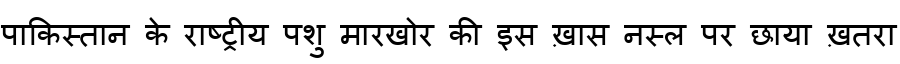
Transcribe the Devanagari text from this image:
पाकिस्तान के राष्ट्रीय पशु मारखोर की इस ख़ास नस्ल पर छाया ख़तरा